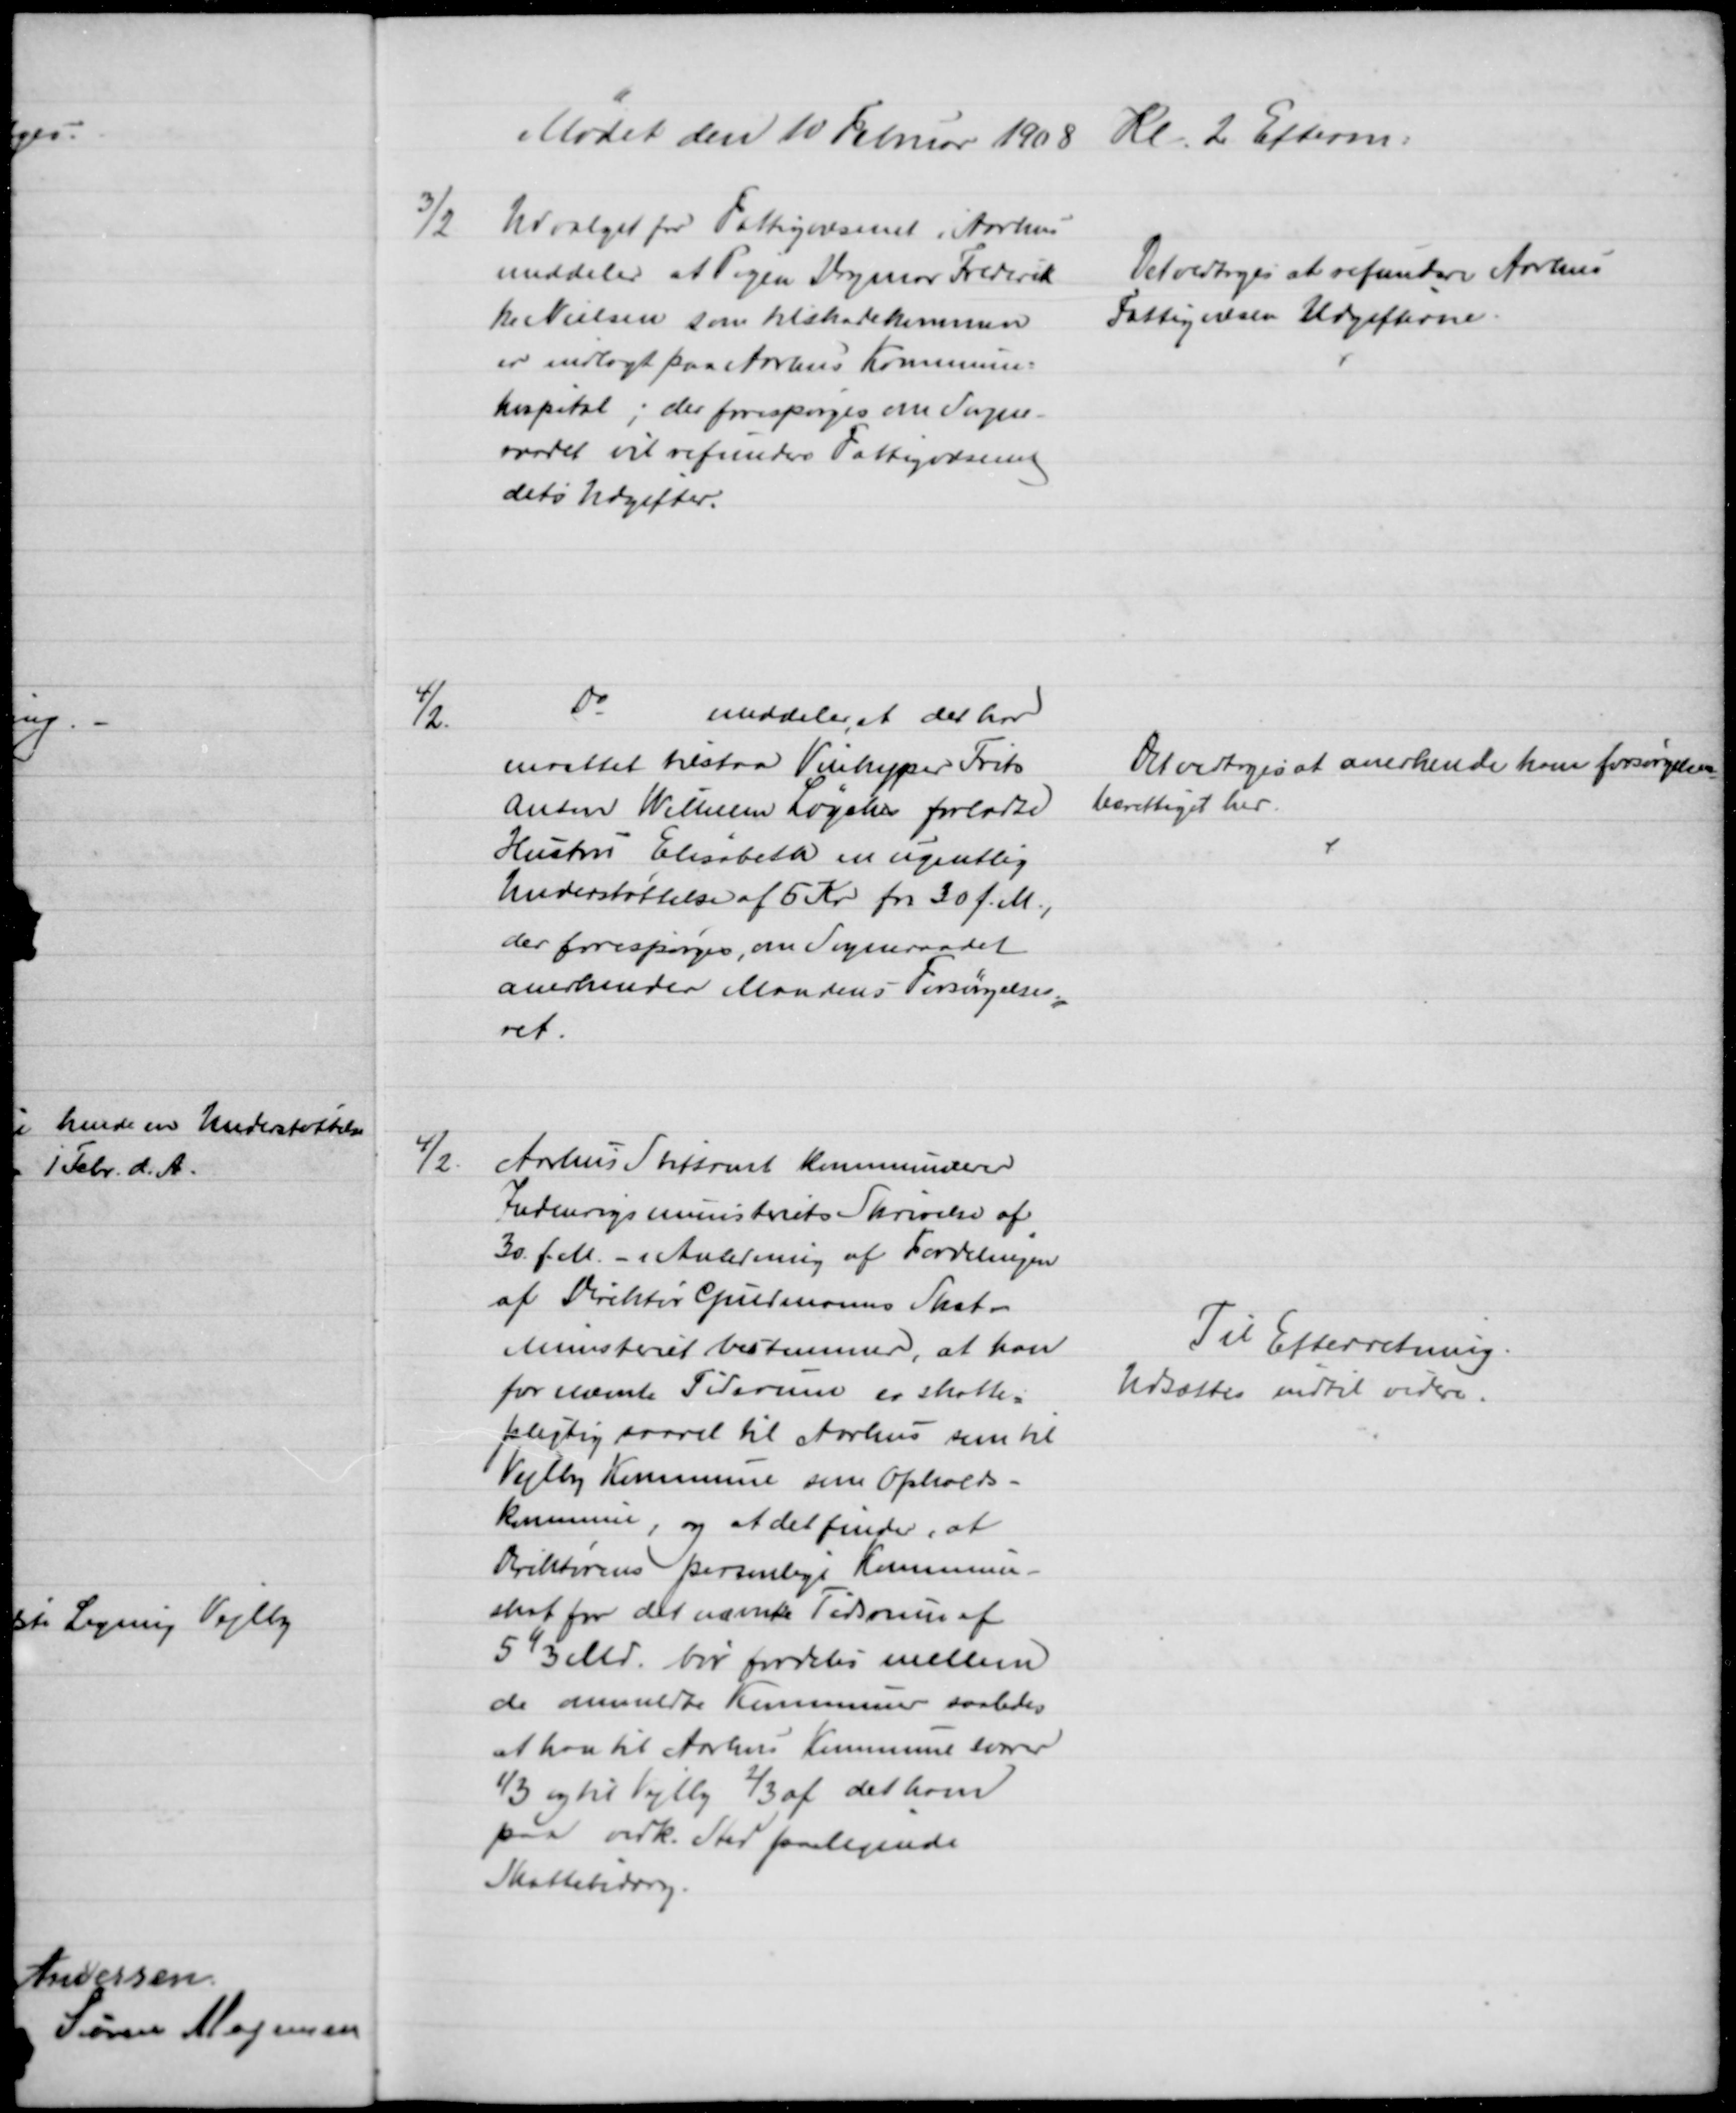
Transskription:
Mødet den 10 Februar 1908 Kl. 2 Efterm.
3/2
Udvalget for Fattigvæsenet i Aarhus
meddeler at Pigen Dagmar Frederik
ke Nielsen som tilskadekommen
er indlagt paa Aarhus Kommune-
hospital; der forespørges om Sogne-
raadet vil refundere Fattigvæsenet 
dets Udgifter.
Det vedtoges at refundere Aarhus
Fattigvæsen Udgifterne.
4/12.
do
meddeler, at det har
maattet bistaa Vinkyper Frits
Anton Wilhelm Løyches forladte
Hustru Elisabeth en ugentlig
Understøttelse af 5 Kr fra 30 f. M.,
der forespørges, om Sogneraadet
anerkender Mandens Forsørgelses
=
ret.
Det vedtoges at anerkende ham forsørgelses
=
berettiget her.
4/2
Århus Stiftamt kommunicerer
Indenrigsministeriets Skrivelse af
30. f. M. - i Anledning af Fordelingen
af Direktør Gudmanns Skat.
Ministeret bestemmer, at han
for nævnte Tidsrum er skatte=
pligtig saavel til Aarhus som til
Vejlby Kommune som Opholds-
kommune, og at det finder, at
Direktørens personlige Kommune-
skat for det nævnte Tidsrum af
5⅓ Md. bør fordeles mellem
de anmeldte Kommuner saaledes
at han til Aarhus Kommune svarer
⅓ og til Vejlby ⅔ af det ham
paa vedk. Sted foreligende
Skattebidrag.
Til Efterretning.
Udsættes indtil videre.